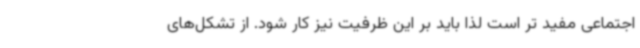
اجتماعی مفید تر است لذا باید بر این ظرفیت نیز کار شود. از تشکل‌های